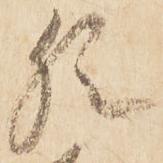
猶